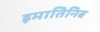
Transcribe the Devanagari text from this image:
इमातिनिब